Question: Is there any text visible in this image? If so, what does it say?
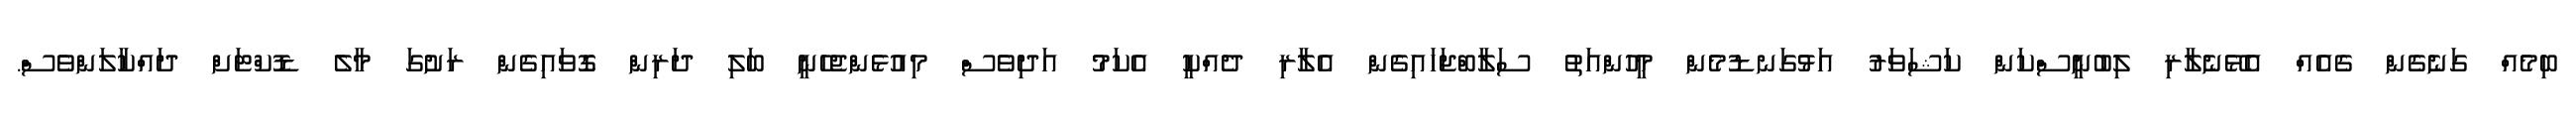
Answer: ބިމެއް ގަނެގެން ގެއެއް އެޅޭނެލާރި ލިބުނީސްކަން ކަޝަވަރު އަޅުގަނޑުމެން މީހުންއަތު ސަލާބްޖަހައިގެން އެލާރި ދެއްކީ އެކަމު އަދިވެސް މިއުޅެންޖެހެނީ ބަލި ދަރިން ގޮވައިގެން ރަށުގަ މާލެ ޑޮކްޓަށް ދައްކާލަންވެސް.